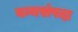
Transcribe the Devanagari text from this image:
वन्यसंपदा